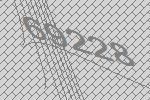
69228